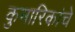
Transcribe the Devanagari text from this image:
कुमारिकांचे